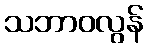
သဘာဝလွန်